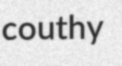
couthy